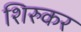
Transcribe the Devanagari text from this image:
शिरुकर